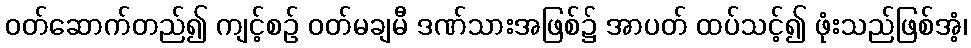
ဝတ်ဆောက်တည်၍ ကျင့်စဉ် ဝတ်မချမီ ဒဏ်သားအဖြစ်၌ အာပတ် ထပ်သင့်၍ ဖုံးသည်ဖြစ်အံ့၊